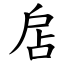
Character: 扂